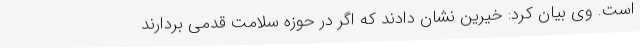
است. وی بیان کرد: خیرین نشان دادند که اگر در حوزه سلامت قدمی بردارند